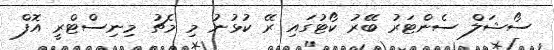
ސޯޝަލް ސެންޓަރު ބޭރު ކޯޓުގައި ރޭ ކުޅުނު މި މެޗު މިނިސްޓްރީ އޮފް